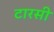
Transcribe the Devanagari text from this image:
टारसी